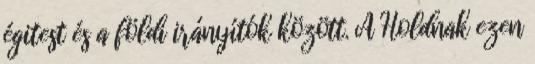
égitest és a földi irányítók között. A Holdnak ezen